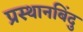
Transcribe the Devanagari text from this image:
प्रस्थानबिंदु